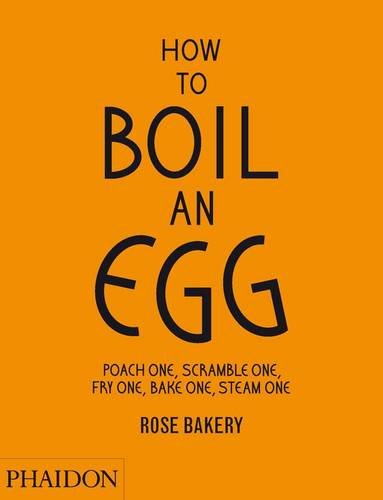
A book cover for How to Boil an Egg: Poach One, Scramble One, Fry One, Bake One, Steam One; Rose Carrarini; Cookbooks, Food & Wine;